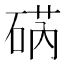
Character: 𮀥